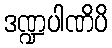
ဒဏ္ဍပါဏိပိ